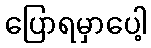
ပြောရမှာပေါ့